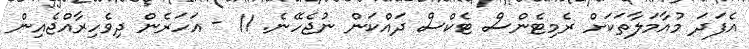
އެފަދަ މުއާމަލާތަކަށް ރެމިޓެންސް ޓެކްސް ދައްކަން ނުޖެހޭނެ. 11 - އަހަރެން ދިވެހިރާއްޖެއިން